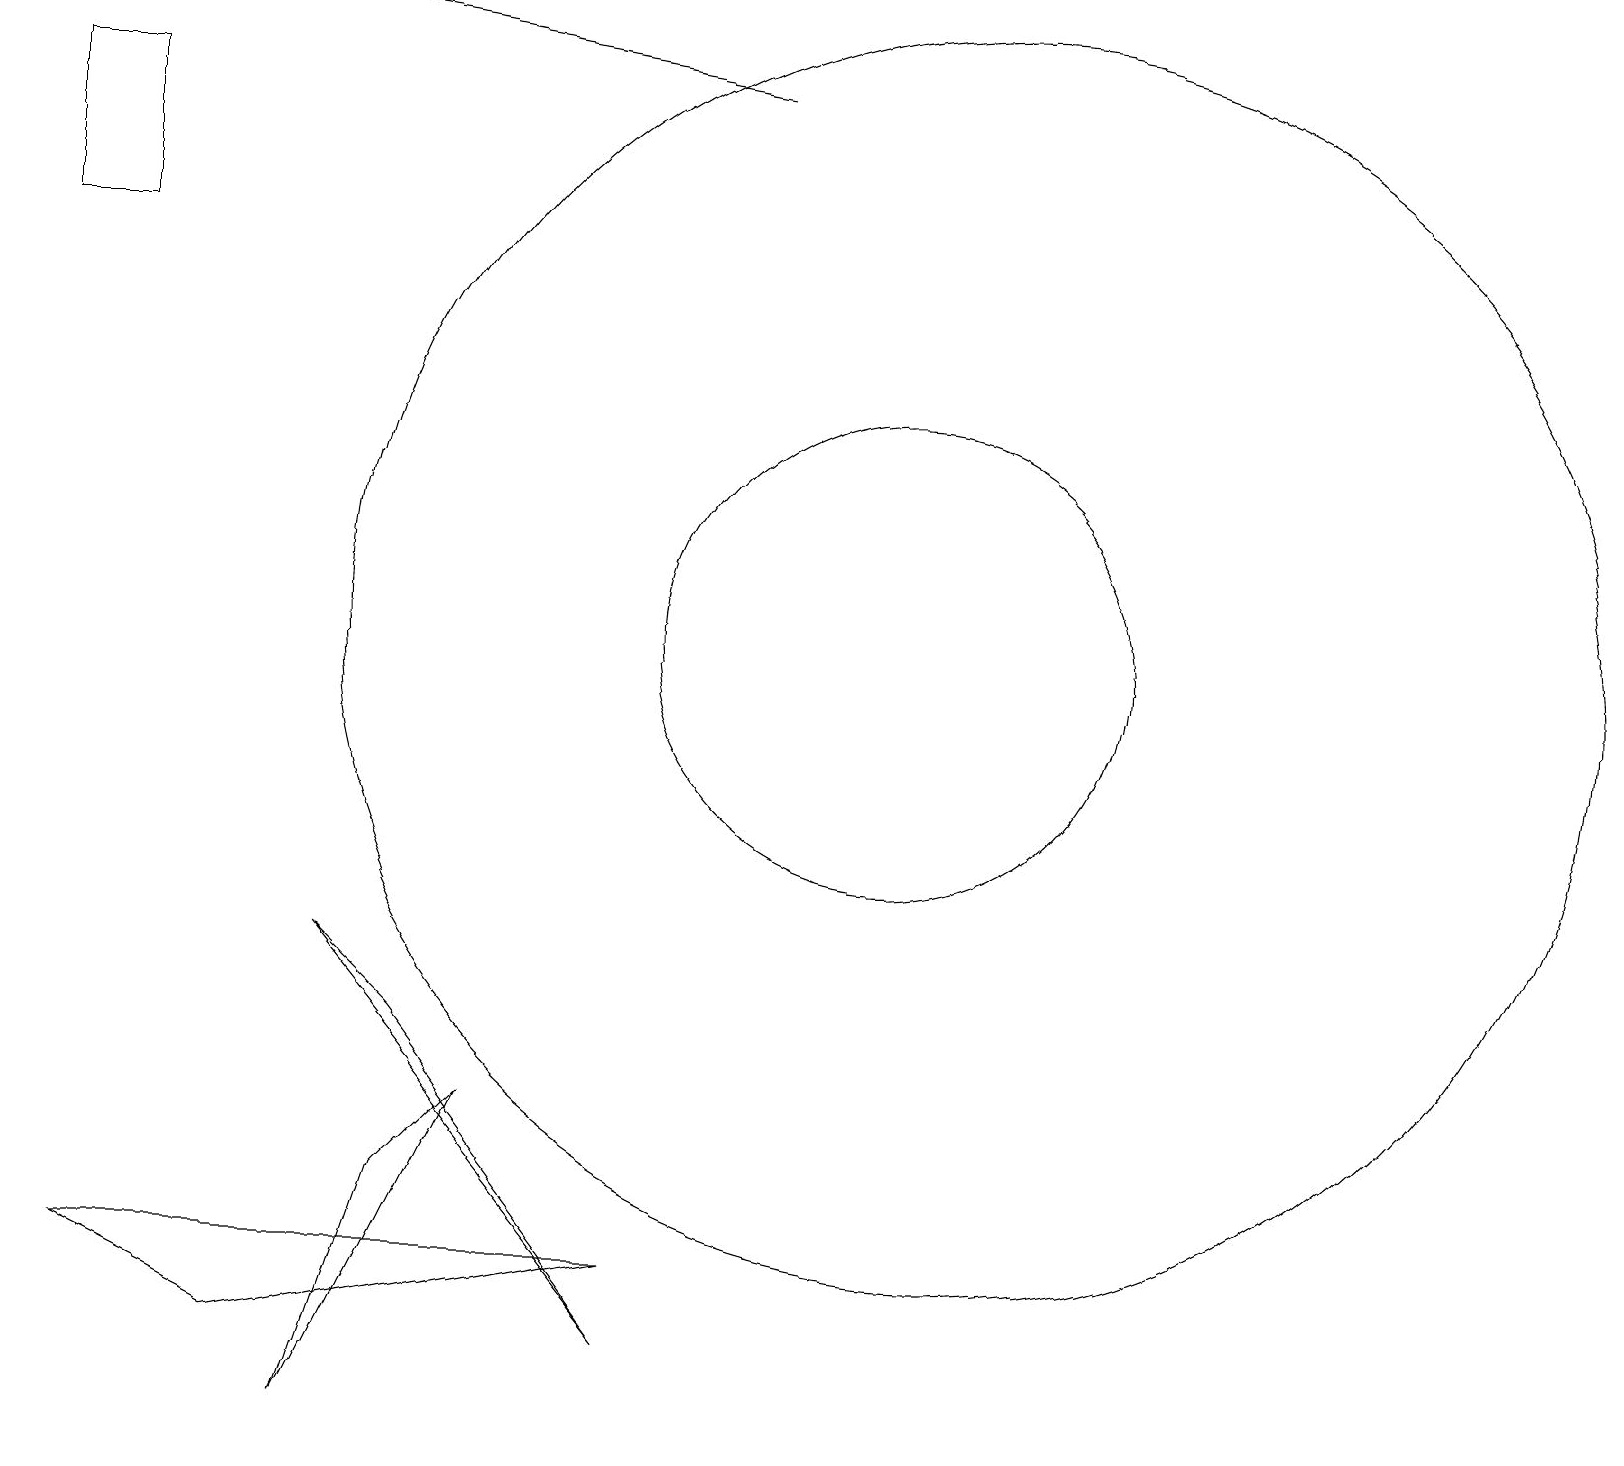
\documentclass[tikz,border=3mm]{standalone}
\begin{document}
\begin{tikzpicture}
\draw (11,10) circle (3);
\draw (0,15) rectangle (1,17);
\draw (6,4) -- (5,3) -- (4,0) -- cycle;
\draw (1,2) -- (8,2) -- (3,1) -- cycle;
\draw[->] (9,17) -- (3,18);
\draw (5,5) -- (4,6) -- (8,1) -- cycle;
\draw (12,10) circle (8);
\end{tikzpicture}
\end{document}